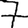
Digit: 7